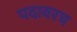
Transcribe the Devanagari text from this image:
पदावरच